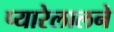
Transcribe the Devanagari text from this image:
प्यारेलालने